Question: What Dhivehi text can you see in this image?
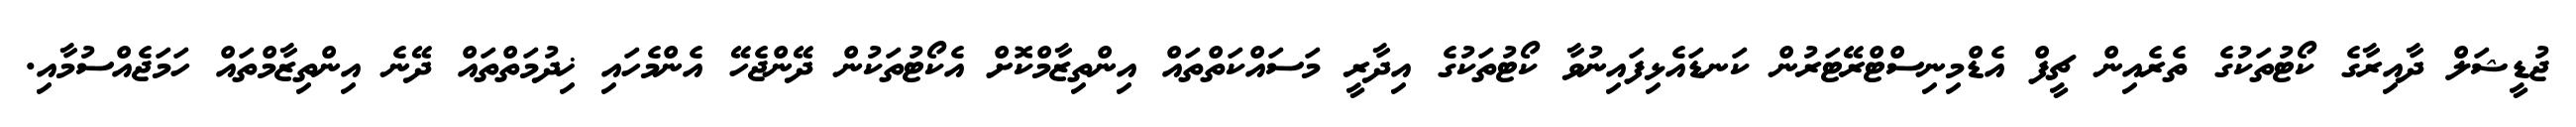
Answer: ޖުޑީޝަލް ދާއިރާގެ ކޯޓުތަކުގެ ތެރެއިން ޗީފް އެޑްމިނިސްޓްރޭޓަރުން ކަނޑައެޅިފައިނުވާ ކޯޓުތަކުގެ އިދާރީ މަސައްކަތްތައް އިންތިޒާމްކޮށް އެކޯޓުތަކުން ދޭންޖެހޭ އެންމެހައި ޚިދުމަތްތައް ދޭނެ އިންތިޒާމްތައް ހަމަޖެއްސުމާއި.